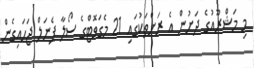
މި މަޝްރޫއުގެ ދަށުން އެ ރަށްތަކުގައި 21 މެގަވޮޓްގެ ސޯލާ ޕެނަލް ޖަހައިގެން